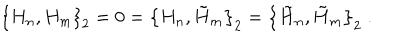
\left\{ H _ { n } , H _ { m } \right\} _ { 2 } = 0 = \left\{ H _ { n } , \tilde { H } _ { m } \right\} _ { 2 } = \left\{ \tilde { H } _ { n } , \tilde { H } _ { m } \right\} _ { 2 } \; .